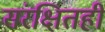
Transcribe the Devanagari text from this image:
संरक्षितही